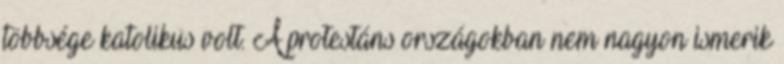
többsége katolikus volt. A protestáns országokban nem nagyon ismerik